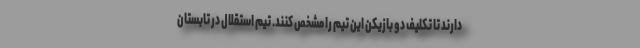
دارند تا تکلیف دو بازیکن این تیم را مشخص کنند. تیم استقلال در تابستان